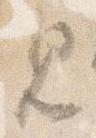
見